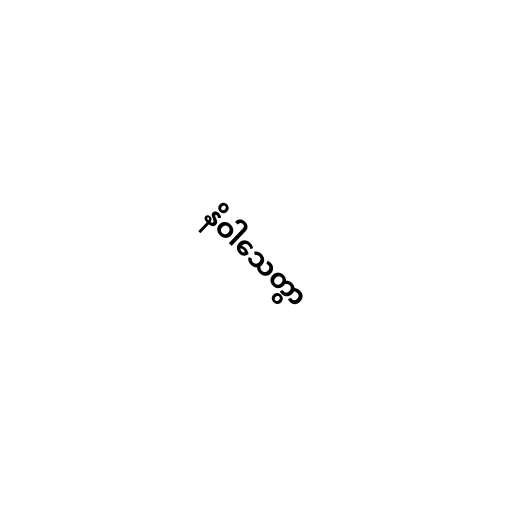
နိဝါသေတွာ